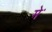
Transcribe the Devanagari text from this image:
मेॱ